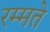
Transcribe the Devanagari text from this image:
रम्मते